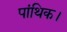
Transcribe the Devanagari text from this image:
पांथिक।